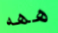
ههه